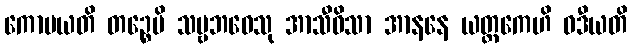
ကောပယတိ တဉ္စေပိ သဗ္ဗဘဝေသု အာသီဝိသာ အာနနေ ယတ္တကေဟိ ဝဒီယတိ